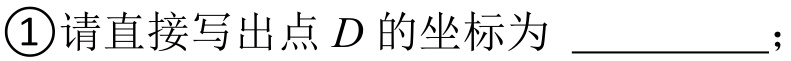
\textcircled{1}请直接写出点\(D\)的坐标为 \_\_\_\_\_\_；